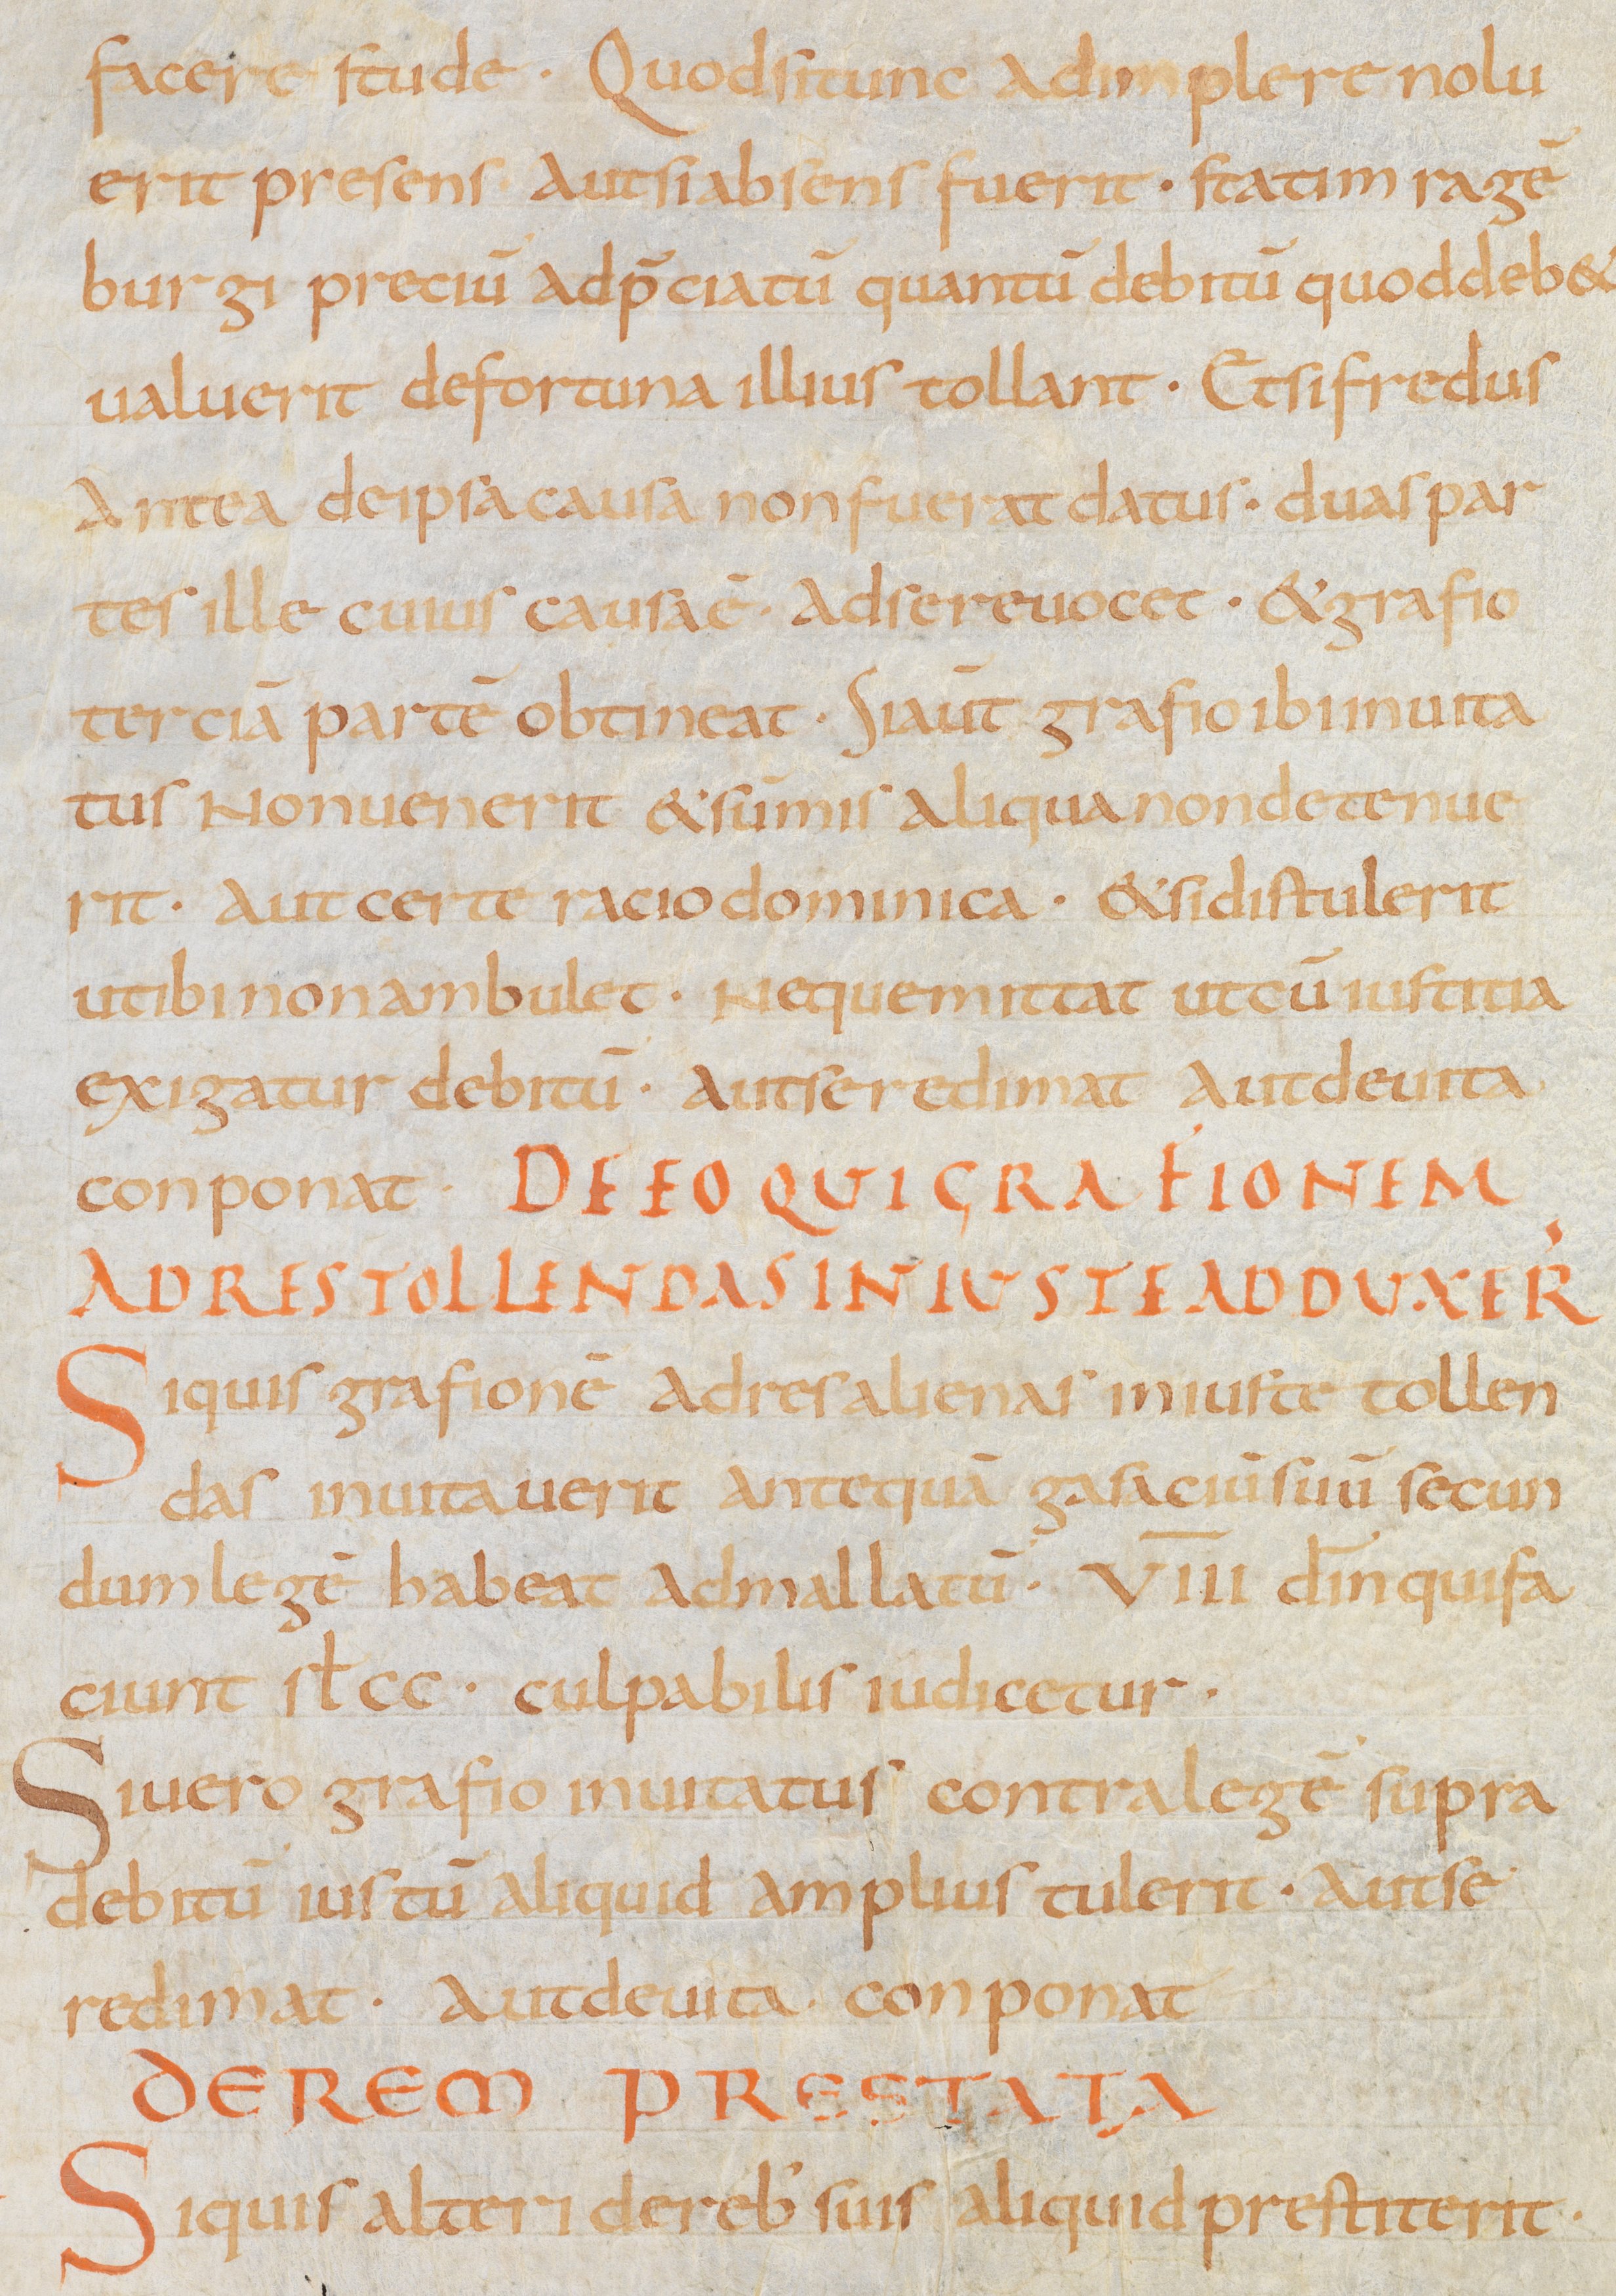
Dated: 875–899